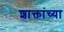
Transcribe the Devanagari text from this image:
शाक्तांच्या